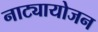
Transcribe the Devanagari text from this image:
नाट्यायोजन